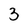
Character: 3